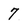
Character: 7